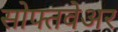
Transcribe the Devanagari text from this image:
सोफ्तवेअर